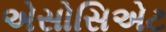
એસોસિએટ